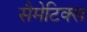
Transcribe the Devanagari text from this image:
सैमेटिक्स